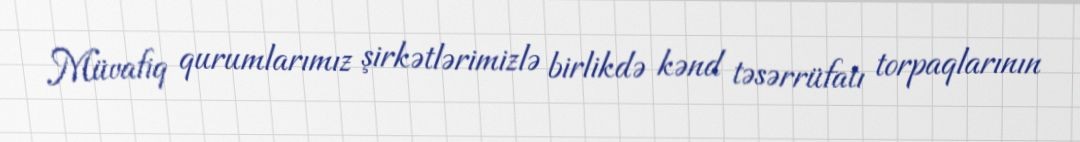
Müvafiq qurumlarımız şirkətlərimizlə birlikdə kənd təsərrüfatı torpaqlarının